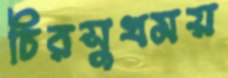
চিরসুখময়